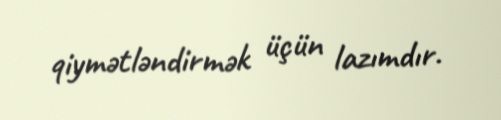
qiymətləndirmək üçün lazımdır.